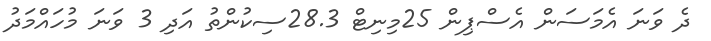
ދެ ވަނަ އެމަސަން އެސްޕިން 25މިނިޓް 28.3ސިކުންތު އަދި 3 ވަނަ މުހައްމަދު